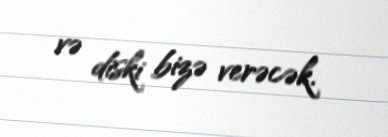
və diski bizə verəcək.